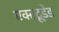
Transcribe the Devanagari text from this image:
एक्स्ट्रूडेड